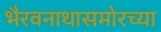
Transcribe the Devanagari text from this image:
भैरवनाथासमोरच्या